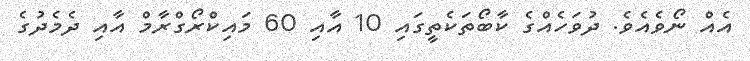
އެއް ނޯވެއެވެ. ދުވަހެއްގެ ކާބޯތަކެތީގައި 10 އާއި 60 މައިކްރޯގްރާމް އާއި ދެމެދުގެ